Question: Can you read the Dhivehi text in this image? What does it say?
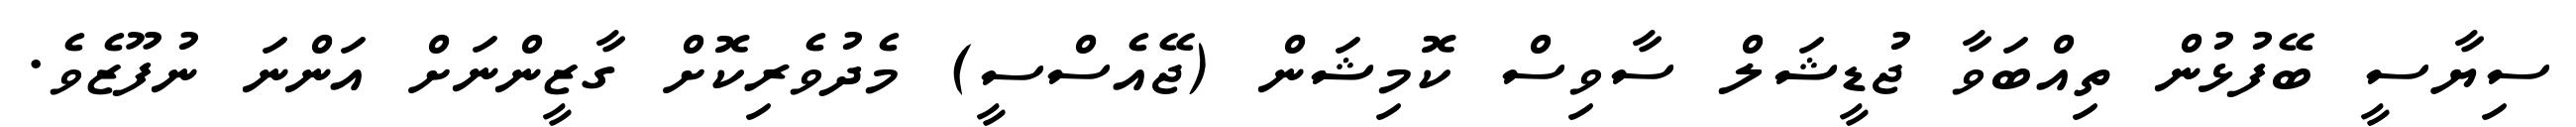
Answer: ސިޔާސީ ބޭފުޅުން ތިއްބަވާ ޖުޑީޝަލް ސާވިސް ކޮމިޝަން (ޖޭއެސްސީ) މެދުވެރިކޮށް ގާޒީންނަށް އަންނަ ނުފޫޒެވެ.